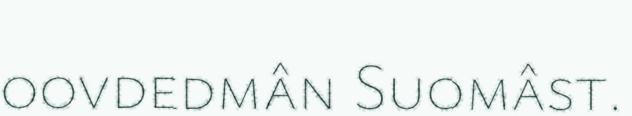
oovdedmân Suomâst.